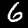
Label: 6